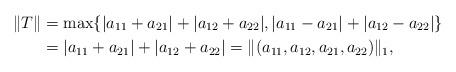
LaTeX: \begin{align*}\Vert T\Vert & =\max\{|a_{11}+a_{21}|+|a_{12}+a_{22}|,|a_{11}-a_{21}|+|a_{12}-a_{22}|\}\\& =|a_{11}+a_{21}|+|a_{12}+a_{22}|=\Vert(a_{11},a_{12},a_{21},a_{22})\Vert_{1},\end{align*}